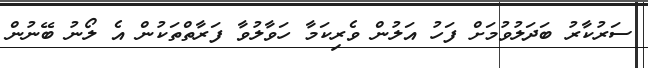
ސަރުކާރު ބަދަލުވުމަށް ފަހު އަލުން ވެރިކަމާ ހަވާލުވާ ފަރާތްތަކުން އެ ލޯނު ބޭނުން